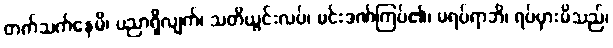
တက်သက်နေမိ၊ ပညာရှိလျက်၊ သတိယွင်းလပ်၊ မင်းဒဏ်ကြပ်၏၊ မရပ်ရာဘိ၊ ရပ်မှားမိသည်၊